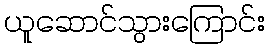
ယူဆောင်သွားကြောင်း